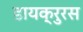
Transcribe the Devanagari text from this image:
डायक्रुरस